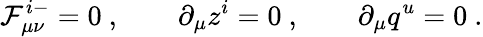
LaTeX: {\cal F}_{\mu\nu}^{i-}=0\ ,\qquad\partial_{\mu}z^{i}=0\ ,\qquad\partial_{\mu}q^{u}=0\ .